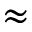
\approx